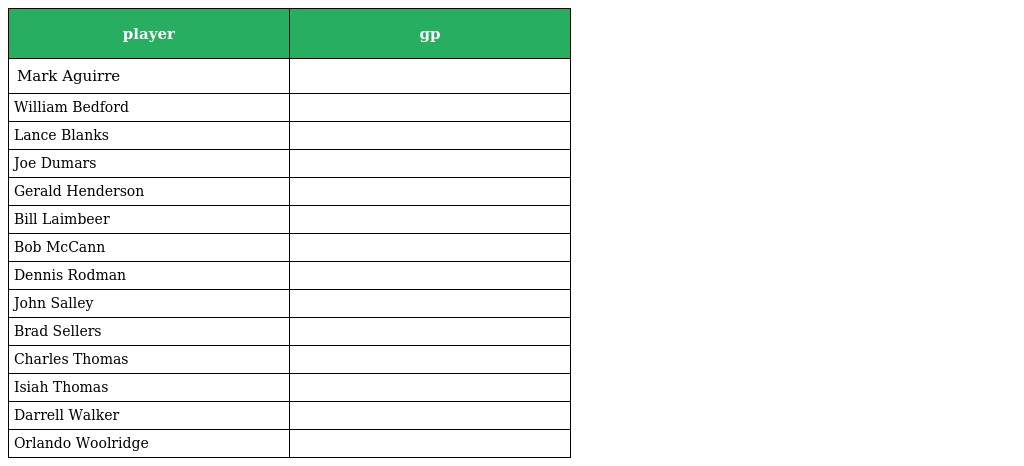
| player | gp |
 | --- | --- |
 | Mark Aguirre |  |
 | William Bedford |  |
 | Lance Blanks |  |
 | Joe Dumars |  |
 | Gerald Henderson |  |
 | Bill Laimbeer |  |
 | Bob McCann |  |
 | Dennis Rodman |  |
 | John Salley |  |
 | Brad Sellers |  |
 | Charles Thomas |  |
 | Isiah Thomas |  |
 | Darrell Walker |  |
 | Orlando Woolridge |  |